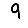
Digit: 9